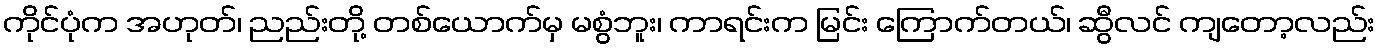
ကိုင်ပုံက အဟုတ်၊ ညည်းတို့ တစ်ယောက်မှ မစွံဘူး၊ ကာရင်းက မြင်း ကြောက်တယ်၊ ဆွီလင် ကျတော့လည်း